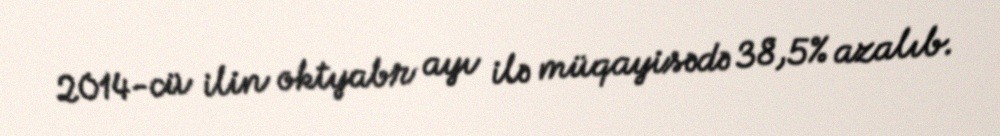
2014-cü ilin oktyabr ayı ilə müqayisədə 38,5% azalıb.